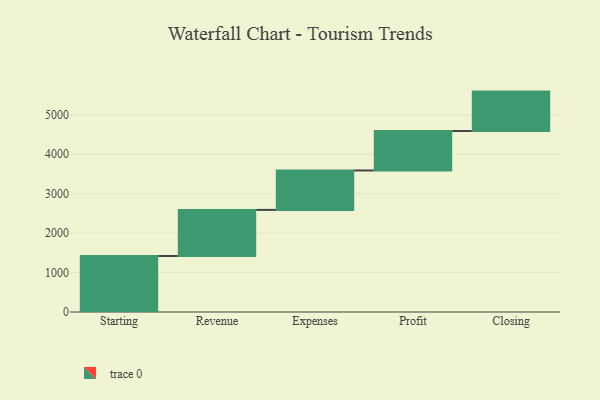
{"axis": {"x": "Step", "y": "Value"}, "legend": [""], "data": [{"x": "Starting", "y": 1420.0, "type": ""}, {"x": "Revenue", "y": 1169.0, "type": ""}, {"x": "Expenses", "y": 1000, "type": ""}, {"x": "Profit", "y": 1000, "type": ""}, {"x": "Closing", "y": 1000, "type": ""}]}